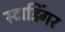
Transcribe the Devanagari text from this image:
स्टाडिंगर